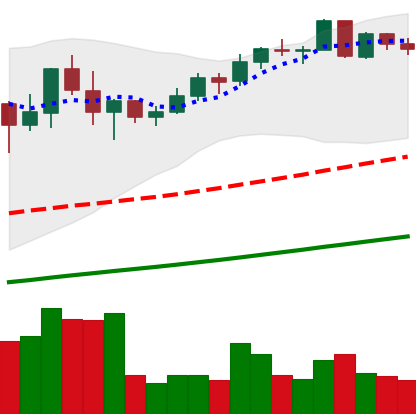
Ticker: BNB-USD
Chart end date: 2021-05-07
Forward return: -5.825%
Label: down_5_7